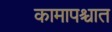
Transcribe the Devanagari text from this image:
कामापश्चात